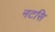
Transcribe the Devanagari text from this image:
नटसि